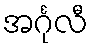
အင်္ဂုလီ